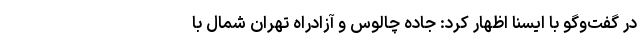
در گفت‌وگو با ایسنا اظهار کرد: جاده چالوس و آزادراه تهران شمال با